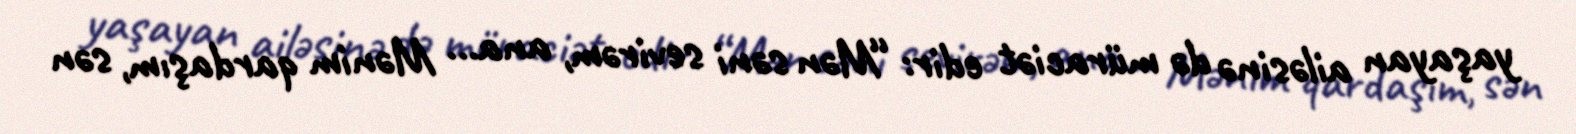
yaşayan ailəsinə də müraciət edir: “Mən səni sevirəm, ana... Mənim qardaşım, sən